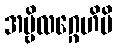
အမ္ဗိလဂ္ဂေဟိပိ